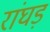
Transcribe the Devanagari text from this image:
रांघड़